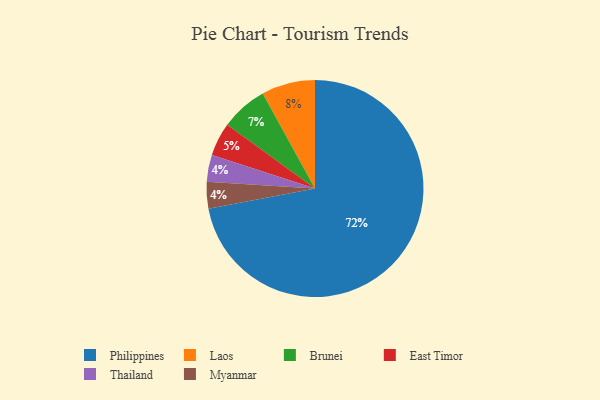
{"axis": {"x": "Category", "y": "Percentage"}, "legend": ["Brunei", "East Timor", "Laos", "Myanmar", "Philippines", "Thailand"], "data": [{"x": "Brunei", "y": 7, "type": "Brunei"}, {"x": "Laos", "y": 8, "type": "Laos"}, {"x": "East Timor", "y": 5, "type": "East Timor"}, {"x": "Philippines", "y": 72, "type": "Philippines"}, {"x": "Thailand", "y": 4, "type": "Thailand"}, {"x": "Myanmar", "y": 4, "type": "Myanmar"}]}